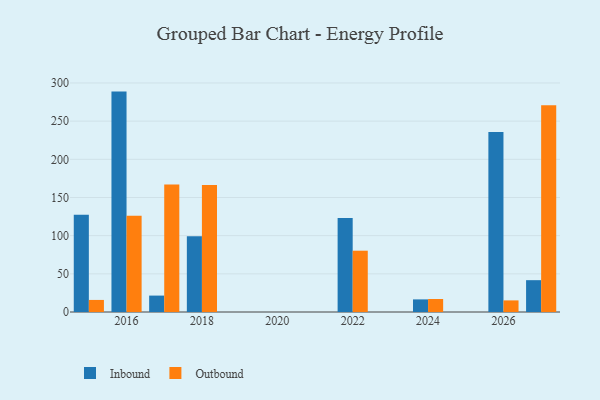
{"axis": {"x": "Year", "y": "Waste Production (Tons)"}, "legend": ["Inbound", "Outbound"], "data": [{"x": "2024", "y": 16.5, "type": "Inbound"}, {"x": "2024", "y": 17.0, "type": "Outbound"}, {"x": "2016", "y": 288.7, "type": "Inbound"}, {"x": "2016", "y": 126.2, "type": "Outbound"}, {"x": "2027", "y": 41.7, "type": "Inbound"}, {"x": "2027", "y": 270.9, "type": "Outbound"}, {"x": "2018", "y": 99.3, "type": "Inbound"}, {"x": "2018", "y": 166.2, "type": "Outbound"}, {"x": "2026", "y": 235.7, "type": "Inbound"}, {"x": "2026", "y": 15.2, "type": "Outbound"}, {"x": "2022", "y": 123.2, "type": "Inbound"}, {"x": "2022", "y": 80.3, "type": "Outbound"}, {"x": "2015", "y": 127.3, "type": "Inbound"}, {"x": "2015", "y": 15.8, "type": "Outbound"}, {"x": "2017", "y": 21.5, "type": "Inbound"}, {"x": "2017", "y": 166.9, "type": "Outbound"}]}